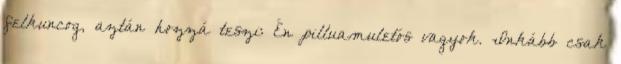
felkuncog, aztán hozzá teszi: Én pilluamuletós vagyok. Inkább csak